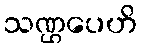
သဏ္ဌပေဟိ